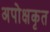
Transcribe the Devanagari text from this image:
अपोक्षकृत